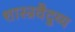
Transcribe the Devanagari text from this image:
शास्त्रवैदुय्य